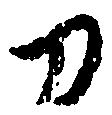
刀